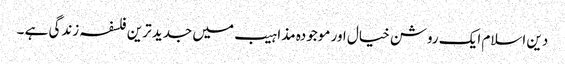
دین اسلام ایک روشن خیال اور موجودہ مذاہیب میں جدید ترین فلسفہ زندگی ہے ۔